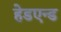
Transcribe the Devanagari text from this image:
हेडएन्ड